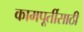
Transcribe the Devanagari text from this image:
कामपूर्तीसाठी